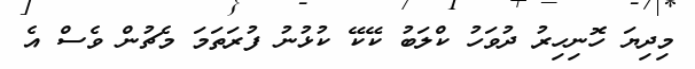
މިދިޔަ ހޮނިހިރު ދުވަހު ކްލަބު ކޭކޭ ކުޅުނު ފުރަތަމަ މެޗުން ވެސް އެ